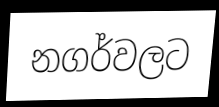
නගර්වලට